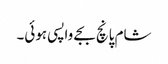
شام پانچ بجے واپسی ہوئی۔